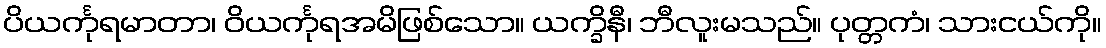
ပိယင်္ကုရမာတာ၊ ဝိယင်္ကုရအမိဖြစ်သော။ ယက္ခိနီ၊ ဘီလူးမသည်။ ပုတ္တကံ၊ သားငယ်ကို။